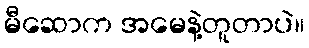
မီဆောက အမေနဲ့တူတာပဲ။